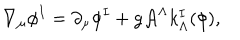
LaTeX: \nabla _ { \mu } \phi ^ { I } = \partial _ { \mu } \phi ^ { I } + g { \cal A } ^ { \Lambda } k _ { \Lambda } ^ { I } ( \phi ) ,